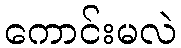
ကောင်းမလဲ